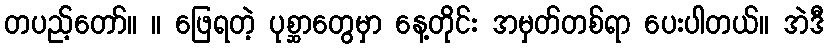
တပည့်တော်။ ။ ဖြေရတဲ့ ပုစ္ဆာတွေမှာ နေ့တိုင်း အမှတ်တစ်ရာ ပေးပါတယ်။ အဲဒီ